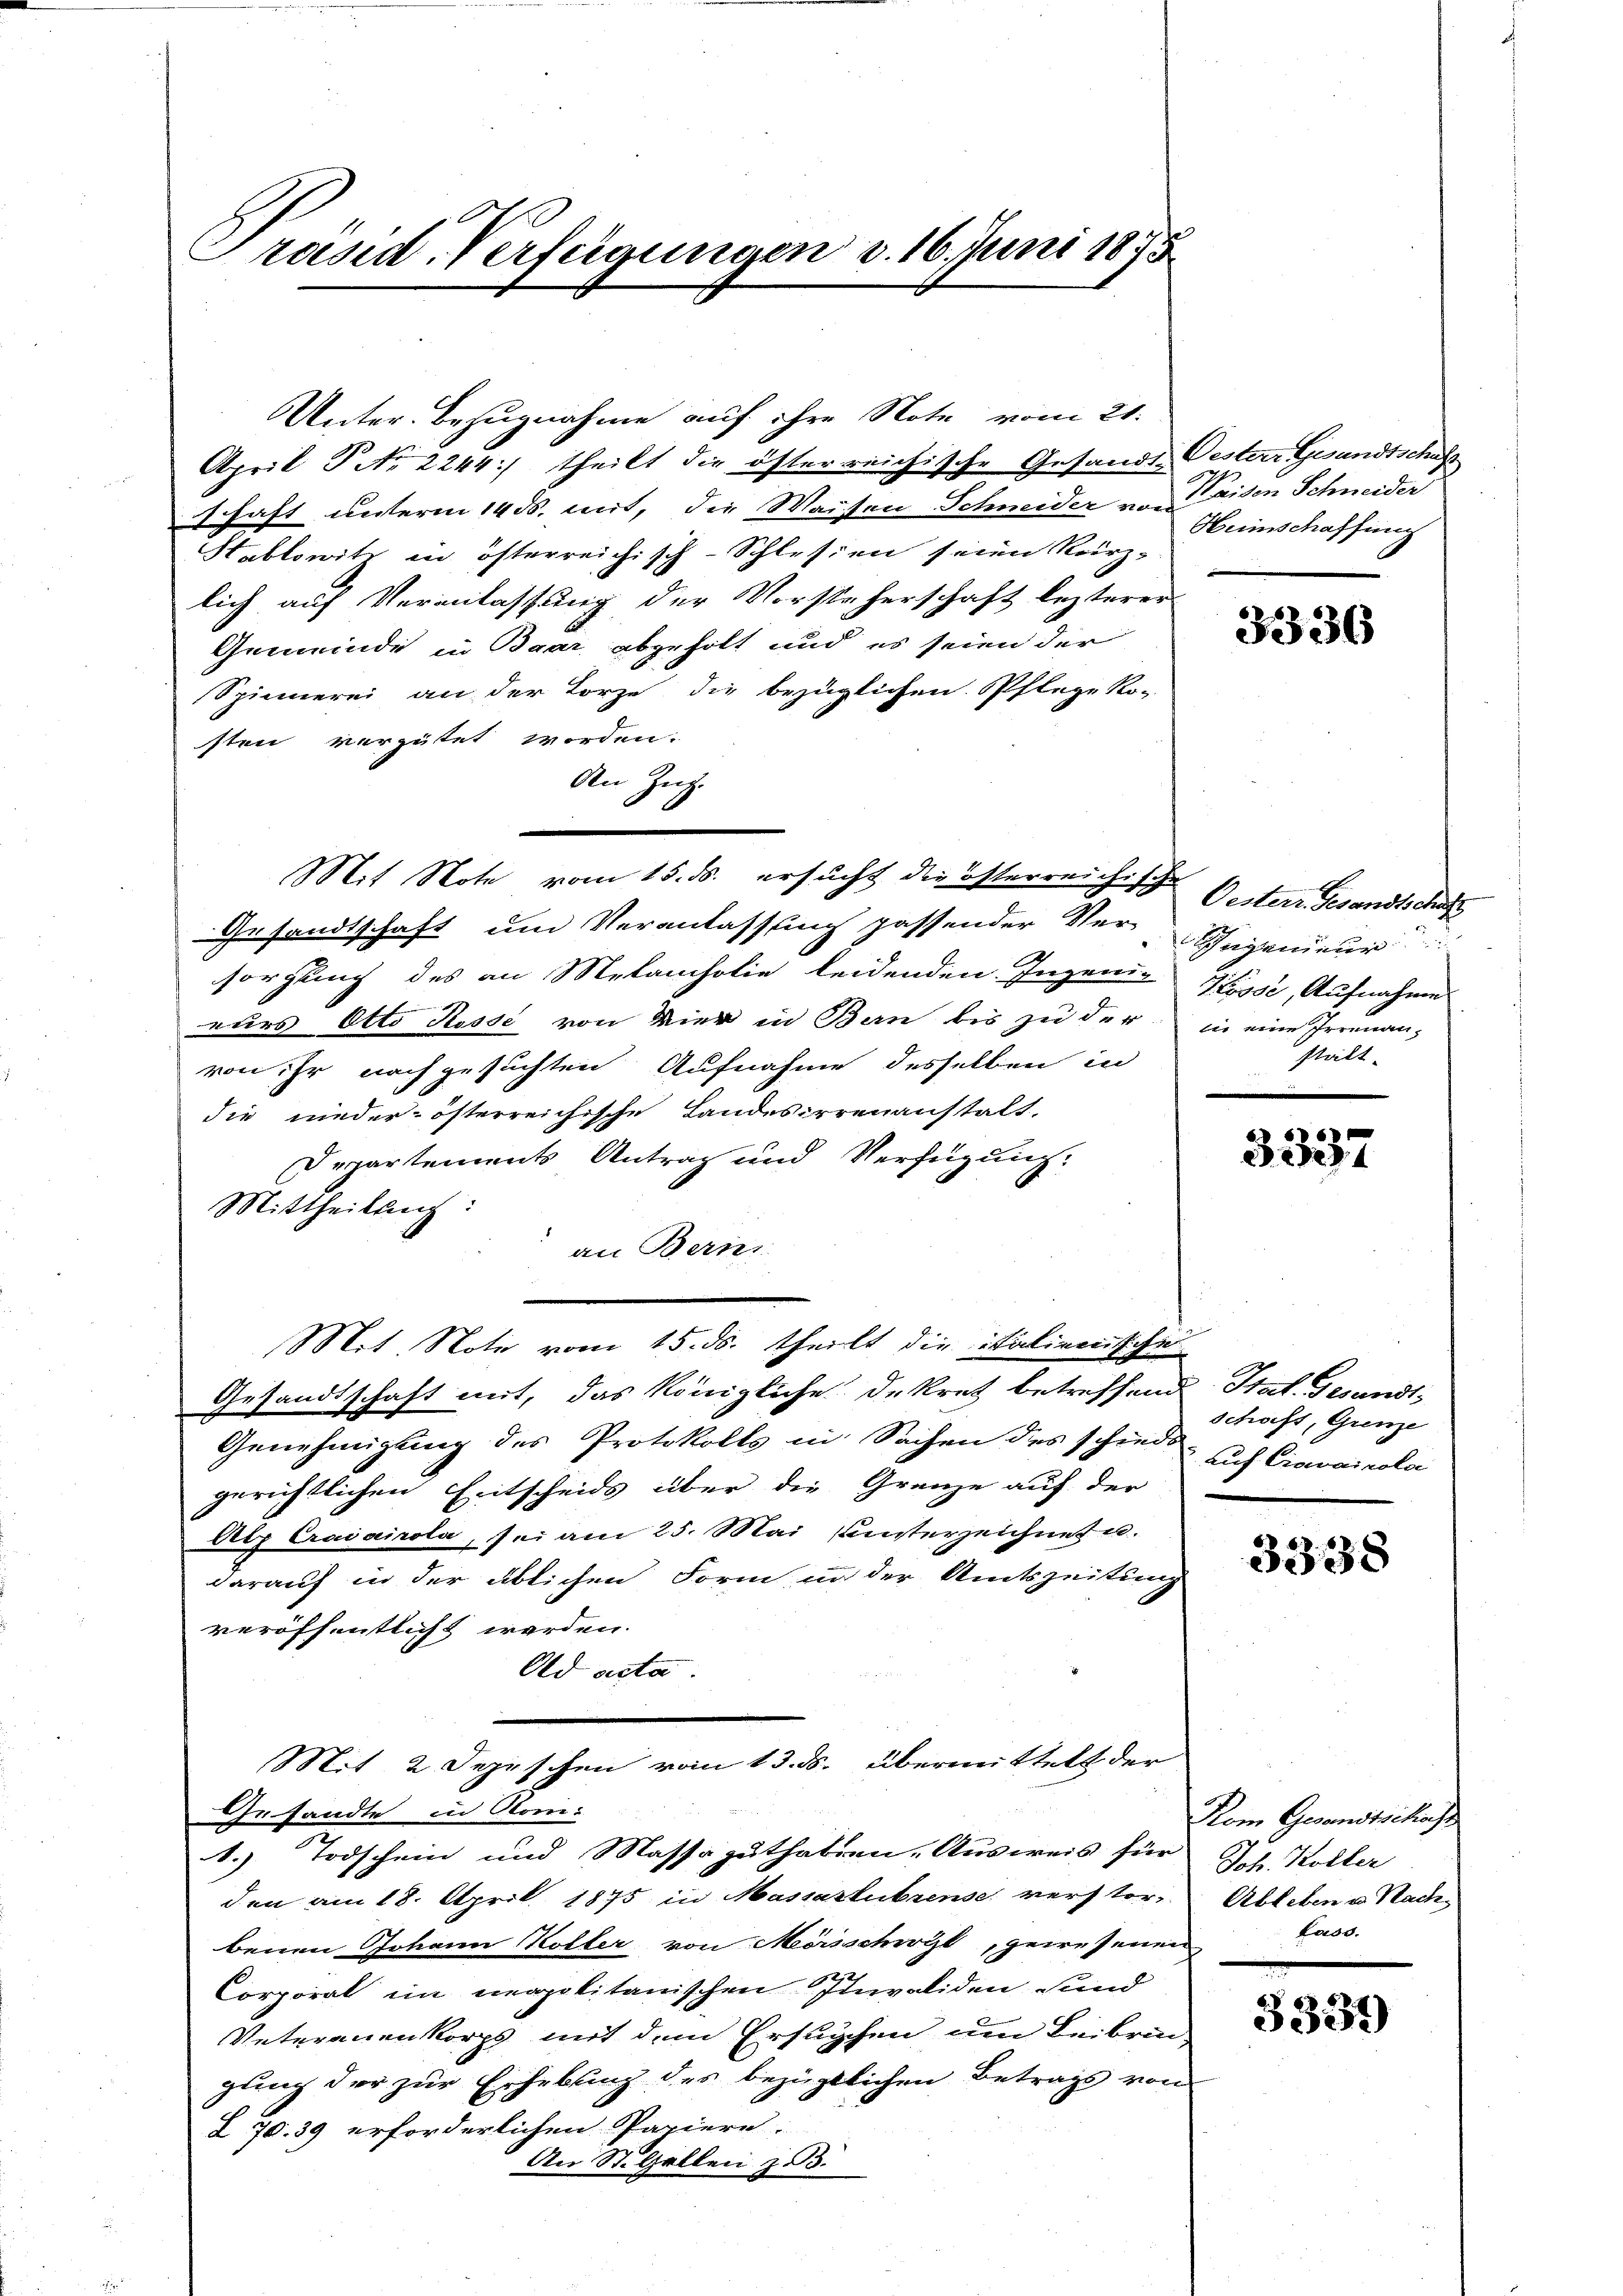
Präsid. Verfügungen v. 16. Juni 1875

Unter Bezugnahme auf ihre Note vom 21.
April P No 2244) theilt die österreichische Gesande Oester Gesandtschaft
schaft unterm 14. ds. mit, die Waisen Schneider von Preisen Schneider
Stablowitz in österreichisch-Schlesien seien Kerz-
lich auf Veranlassung der Vorsteherschaft lezterer
Gemeinde in Baar, abgeholt und es seien der
Spinnerei an der Lorze die bezüglichen Pflege Ro-
sten vergütet worden.
den Zug.
Gesandtschaft um Veranlassung passender Ver-Gegenieur
sorgung des an Melancholie leidenden Ingeni-Hyssé, Aufnahme
eurs Otto Rosse von Vier in Bern bis zu der in eine Irrenan-
von ihr nachgesuchten Aufnahme desselben in
die niederösterreichische Landesirrenanstalt.
Departements Antrag und Verfügung.
Mittheilung:
an Berni
Mit Note vom 15. ds. theilt die italinen siche
Gesandtschaft mit, das Königliche Dekret betreffend Stat. Gesandt¬
Genehmigung des Protokolls in Sachen des schied. Auch Cravaicola
gerichtlichen Entscheids über die Grenze auf der
Atz Craiairola, sei am 25. Mai einsterzeichnet u.
darauf in der üblichen Form in der Amtszeitung
veröffentlicht werden.
Old acta
Mit 2 Depeschen vom 13. ds. übermittelt der
Gesandte in Kom-
1. Todschein und Massaguthaten. Ausweis für Joh. Koller
den am 18. April 1875 in Massastubens verstorbenen Johann Koller von Mörsschirgt, gewesenen
Corporat im meapolitanischen Invaliden sind
Veterauenkorps mit dem Ersuchen um Beibrin-
gung der zur Erhebung des bezüglichen Betrags von
§ 70. 39 erforderlichen Papiere.
An St. Gallen z. B.

Mit Note vom 15. ds. ersucht die österreichische Gestere Gesandtsch

Heimschaffung

3336

stalt.

3337

schaft, Grenze

3338

Kom Gesandtschaft
Ableben u. Nach
fade.

3339